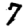
Digit: 7